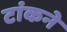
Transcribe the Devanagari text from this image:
टांकने